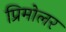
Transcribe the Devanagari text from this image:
प्रिमोलर